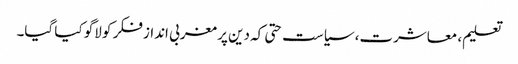
تعلیم، معاشرت، سیاست حتی کہ دین پر مغربی انداز فکر کو لاگو کیا گیا۔